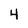
Character: 4